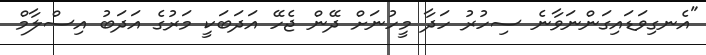
"އެނގިވަޑައިގަންނަވާނެ ސިހުރު ހަދާ މީހުނަށް ދޭން ޖެހޭ އަދަބަކީ މަރުގެ އަދަބު އިސްލާމް